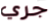
جري